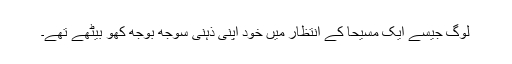
لوگ جیسے ایک مسیحا کے انتظار میں خود اپنی ذہنی سوجھ بوجھ کھو بیٹھے تھے۔